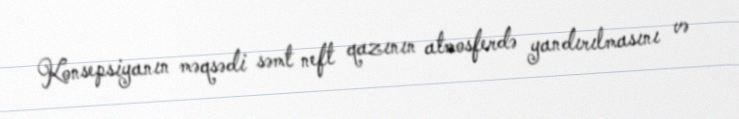
Konsepsiyanın məqsədi səmt neft qazının atmosferdə yandırılmasını və